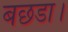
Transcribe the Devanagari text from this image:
बछडा।